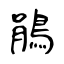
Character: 鵑